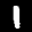
Label: 1